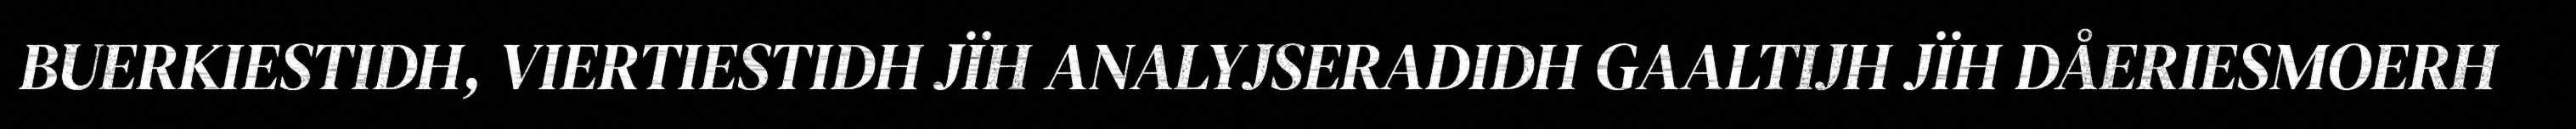
BUERKIESTIDH, VIERTIESTIDH JÏH ANALYJSERADIDH GAALTIJH JÏH DÅERIESMOERH